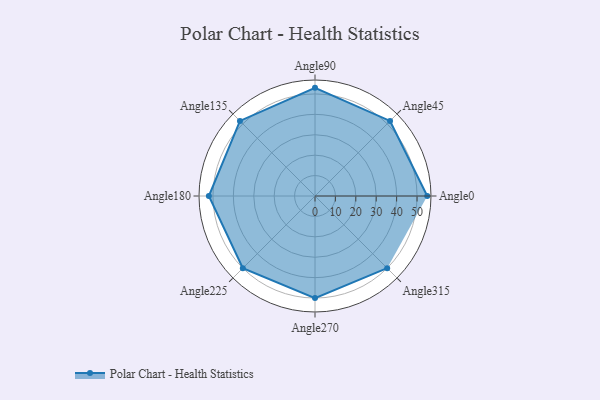
{"axis": {"x": "Angle", "y": "Radius"}, "legend": [""], "data": [{"x": "Angle0", "y": 55.0, "type": ""}, {"x": "Angle45", "y": 52.0, "type": ""}, {"x": "Angle90", "y": 53.0, "type": ""}, {"x": "Angle135", "y": 52.0, "type": ""}, {"x": "Angle180", "y": 52.0, "type": ""}, {"x": "Angle225", "y": 50, "type": ""}, {"x": "Angle270", "y": 50, "type": ""}, {"x": "Angle315", "y": 50, "type": ""}]}